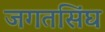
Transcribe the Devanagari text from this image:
जगतसिंघ